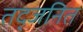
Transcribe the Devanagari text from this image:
तद्जनित